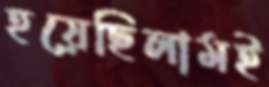
হয়েছিলামই